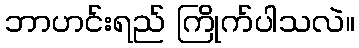
ဘာဟင်းရည် ကြိုက်ပါသလဲ။